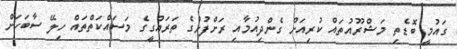
ގައުމީ ބޮޑެތި މަޝްރޫއުތައް ކުރިއަށް ގެންދިއުމާއި ރަށްފުށުގެ ތަރައްގީގެ މަސައްކަތްތައް ހިލޭ ސާބަހަށް